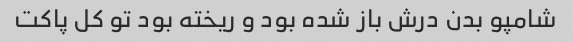
شامپو بدن درش باز شده بود و ریخته بود تو کل پاکت